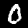
Label: 0